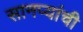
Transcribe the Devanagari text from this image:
सानप्यांची